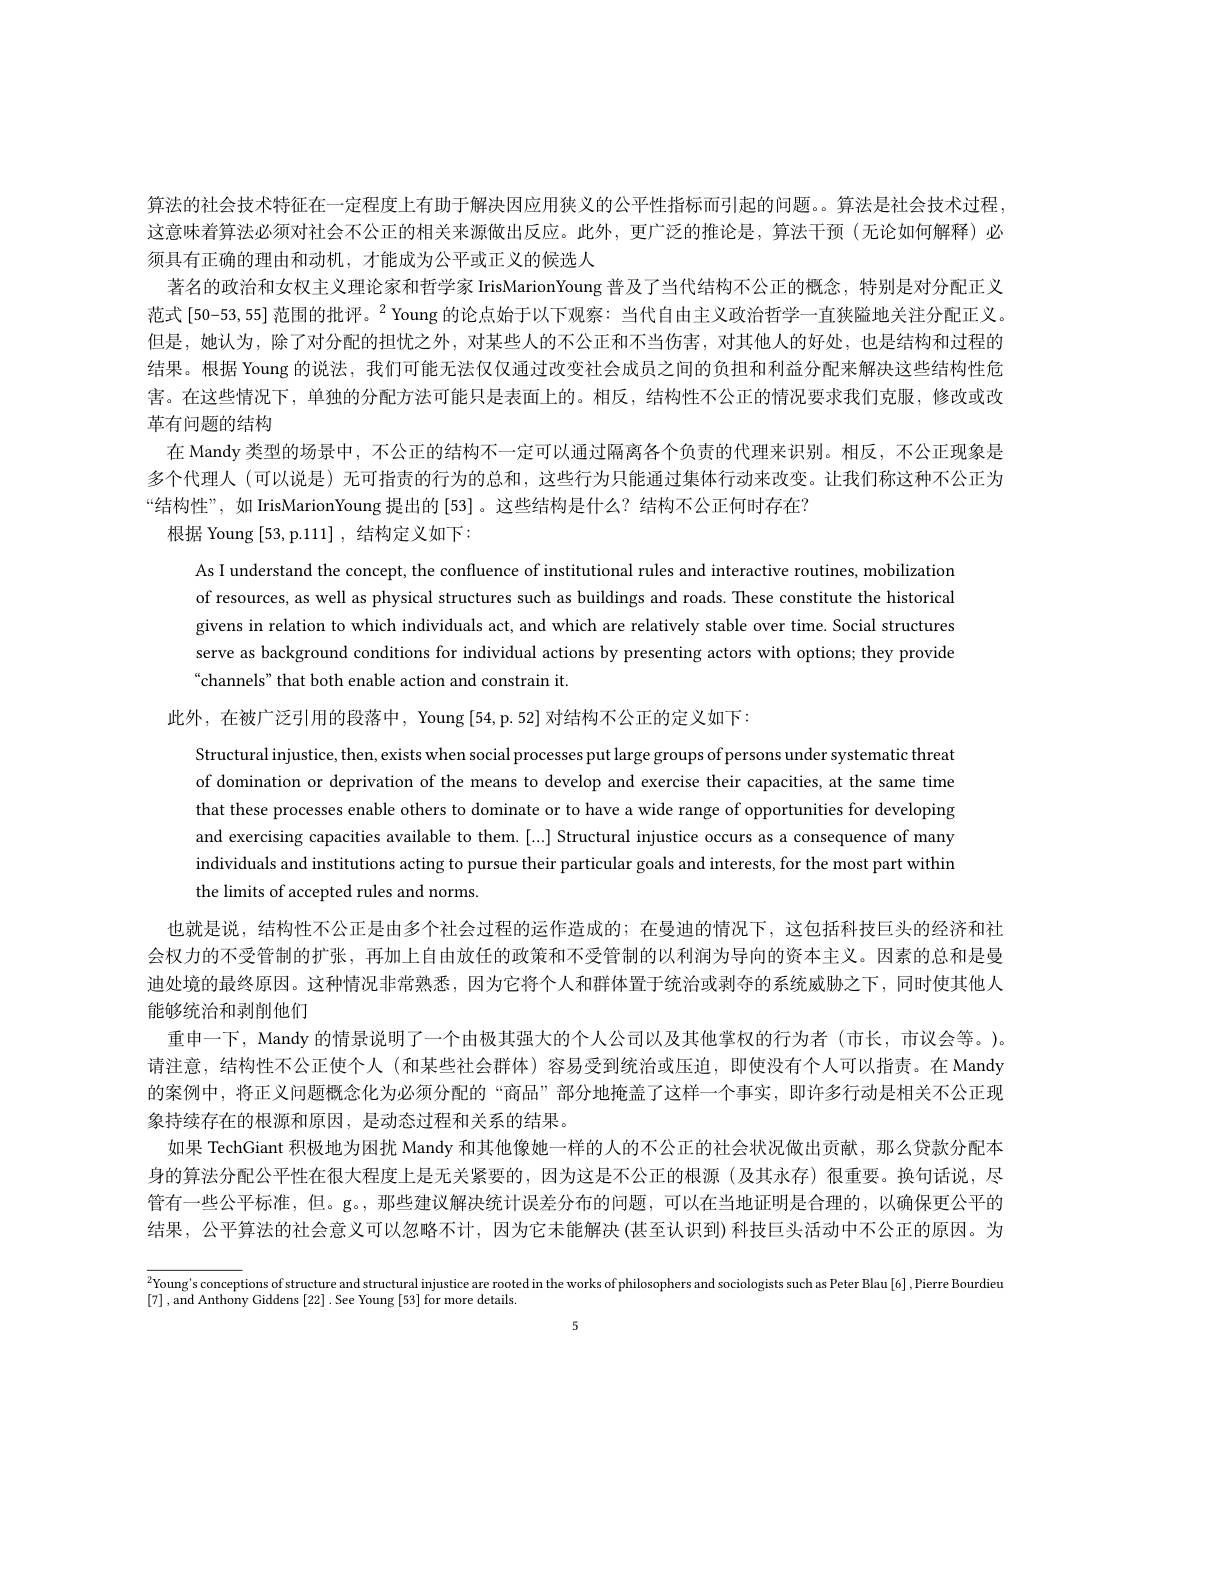
算法的社会技术特征在一定程度上有助于解决因应用狭义的公平性指标而引起的问题。。算法是社会技术过程这意味着算法必须对社会不公正的相关来源做出反应。此外，更广泛的推论是，算法干预(无论如何解释)必须具有正确的理由和动机，才能成为公平或正义的候选人
著名的政治和女权主义理论家和哲学家 IrisMarionYoung 普及了当代结构不公正的概念，特别是对分配正义范式[50-53,55] 范围的批评。$^2$Young 的论点始于以下观察：当代自由主义政治哲学一直狭隘地关注分配正义。但是，她认为，除了对分配的担忧之外，对某些人的不公正和不当伤害，对其他人的好处，也是结构和过程的结果。根据 Young 的说法 , 我们可能无法仅仅通过改变社会成员之间的负担和利益分配来解决这些结构性危害。在这些情况下，单独的分配方法可能只是表面上的。相反，结构性不公正的情况要求我们克服，修改或改革有问题的结构
在 Mandy 类型的场景中，不公正的结构不一定可以通过隔离各个负责的代理来识别。相反，不公正现象是多个代理人 (可以说是) 无可指责的行为的总和，这些行为只能通过集体行动来改变。让我们称这种不公正为“结构性”,如 IrisMarionYoung 提出的 [53]。这些结构是什么？结构不公正何时存在？
根据 Young [53,p.111],结构定义如下：

As I understand the concept, the confluence of institutional rules and interactive routines, mobilization of resources, as well as physical structures such as buildings and roads. These constitute the historical givens in relation to which individuals act, and which are relatively stable over time. Social structures serve as background conditions for individual actions by presenting actors with options; they provide “channels" that both enable action and constrain it.
此外，在被广泛引用的段落中，Young[54,p.52] 对结构不公正的定义如下：
Structural injustice, then, exists when social processes put large groups of persons under systematic threat of domination or deprivation of the means to develop and exercise their capacities, at the same time that these processes enable others to dominate or to have a wide range of opportunities for developing and exercising capacities available to them.[...] Structural injustice occurs as a consequence of many individuals and institutions acting to pursue their particular goals and interests, for the most part within the limits of accepted rules and norms

也就是说，结构性不公正是由多个社会过程的运作造成的；在曼迪的情况下，这包括科技巨头的经济和社会权力的不受管制的扩张，再加上自由放任的政策和不受管制的以利润为导向的资本主义。因素的总和是曼迪处境的最终原因。这种情况非常熟悉，因为它将个人和群体置于统治或剥夺的系统威胁之下，同时使其他人能够统治和剥削他们
重申一下，Mandy 的情景说明了一个由极其强大的个人公司以及其他掌权的行为者 (市长，市议会等。)。请注意，结构性不公正使个人 (和某些社会群体)容易受到统治或压迫，即使没有个人可以指责。在 Mandy 的案例中，将正义问题概念化为必须分配的“商品”部分地掩盖了这样一个事实，即许多行动是相关不公正现象持续存在的根源和原因，是动态过程和关系的结果。
如果 TechGiant 积极地为困扰 Mandy 和其他像她一样的人的不公正的社会状况做出贡献，那么贷款分配本身的算法分配公平性在很大程度上是无关紧要的，因为这是不公正的根源(及其永存)很重要。换句话说，尽管有一些公平标准，但。g。,那些建议解决统计误差分布的问题，可以在当地证明是合理的，以确保更公平的结果，公平算法的社会意义可以忽略不计，因为它未能解决(甚至认识到) 科技巨头活动中不公正的原因。为

$^{2}$Young's conceptions of structure and structural injustice are rooted in the works of philosophers and sociologists such as Peter Blau [6] ,Pierre Bourdieu

[7] , and Anthony Giddens [22] .See Young [53] for more details.

5